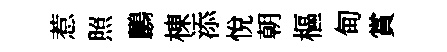
惹照鸝棟添悅朝樞甸賞